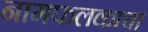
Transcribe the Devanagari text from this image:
नामफलकाचा